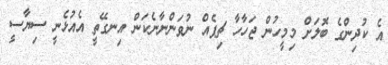
އެ ކުދިންގެ ބޮލަށް މިމީހުުން ޖަހާހާ ޗިޕެއް ނުވަންނާނެކަން އިނގޭތީ އެއުޅެނީ ސިޔާސީ